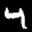
Label: 4